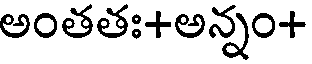
అంతతః+అన్నం+